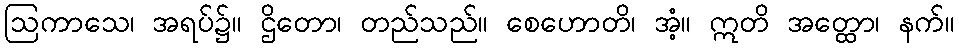
ဩကာသေ၊ အရပ်၌။ ဌိတော၊ တည်သည်။ စေဟောတိ၊ အံ့။ ဣတိ အတ္ထော၊ နက်။